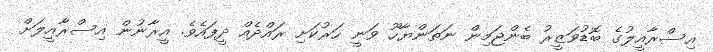
އިސްރާއީލުގެ ބޮޑުވަޒީރު ބެންޖަމިން ނަތަންޔާހޫ ވަނީ ހަރުކަށި ރައްދެއް ދީފައެވެ. އީރާނުން އިސްރާއީލަށް